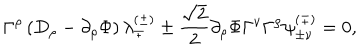
\Gamma ^ { \rho } \left( D _ { \rho } - \partial _ { \rho } \Phi \right) \lambda _ { \mp } ^ { ( \pm ) } \pm { \frac { \sqrt { 2 } } { 2 } } \partial _ { \rho } \Phi \Gamma ^ { \nu } \Gamma ^ { \rho } \psi _ { \pm \nu } ^ { ( \mp ) } = 0 ,